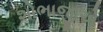
શોભાજીએ